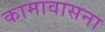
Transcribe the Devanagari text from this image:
कामावासना